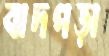
বাদপড়া